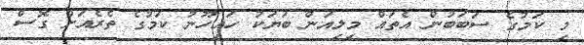
މި ކަމުގެ ސަބަބުން އެތައް މިލިއަން ބަޔަކު ހައިހޫނު ކަމުގެ ތެރެއަށް ގޮސް